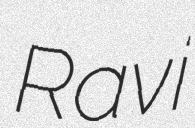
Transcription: Ravi